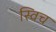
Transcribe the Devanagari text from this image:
स्‍विच